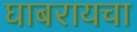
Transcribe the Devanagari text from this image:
घाबरायचा